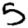
Digit: 5